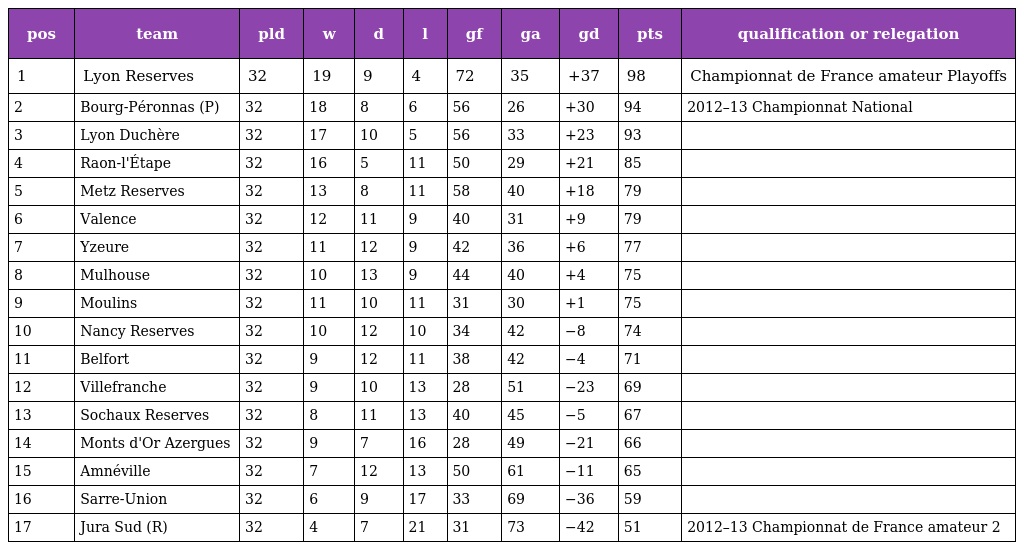
| pos | team | pld | w | d | l | gf | ga | gd | pts | qualification or relegation |
 | --- | --- | --- | --- | --- | --- | --- | --- | --- | --- | --- |
 | 1 | Lyon Reserves | 32 | 19 | 9 | 4 | 72 | 35 | +37 | 98 | Championnat de France amateur Playoffs |
 | 2 | Bourg-Péronnas (P) | 32 | 18 | 8 | 6 | 56 | 26 | +30 | 94 | 2012–13 Championnat National |
 | 3 | Lyon Duchère | 32 | 17 | 10 | 5 | 56 | 33 | +23 | 93 |  |
 | 4 | Raon-l'Étape | 32 | 16 | 5 | 11 | 50 | 29 | +21 | 85 |  |
 | 5 | Metz Reserves | 32 | 13 | 8 | 11 | 58 | 40 | +18 | 79 |  |
 | 6 | Valence | 32 | 12 | 11 | 9 | 40 | 31 | +9 | 79 |  |
 | 7 | Yzeure | 32 | 11 | 12 | 9 | 42 | 36 | +6 | 77 |  |
 | 8 | Mulhouse | 32 | 10 | 13 | 9 | 44 | 40 | +4 | 75 |  |
 | 9 | Moulins | 32 | 11 | 10 | 11 | 31 | 30 | +1 | 75 |  |
 | 10 | Nancy Reserves | 32 | 10 | 12 | 10 | 34 | 42 | −8 | 74 |  |
 | 11 | Belfort | 32 | 9 | 12 | 11 | 38 | 42 | −4 | 71 |  |
 | 12 | Villefranche | 32 | 9 | 10 | 13 | 28 | 51 | −23 | 69 |  |
 | 13 | Sochaux Reserves | 32 | 8 | 11 | 13 | 40 | 45 | −5 | 67 |  |
 | 14 | Monts d'Or Azergues | 32 | 9 | 7 | 16 | 28 | 49 | −21 | 66 |  |
 | 15 | Amnéville | 32 | 7 | 12 | 13 | 50 | 61 | −11 | 65 |  |
 | 16 | Sarre-Union | 32 | 6 | 9 | 17 | 33 | 69 | −36 | 59 |  |
 | 17 | Jura Sud (R) | 32 | 4 | 7 | 21 | 31 | 73 | −42 | 51 | 2012–13 Championnat de France amateur 2 |